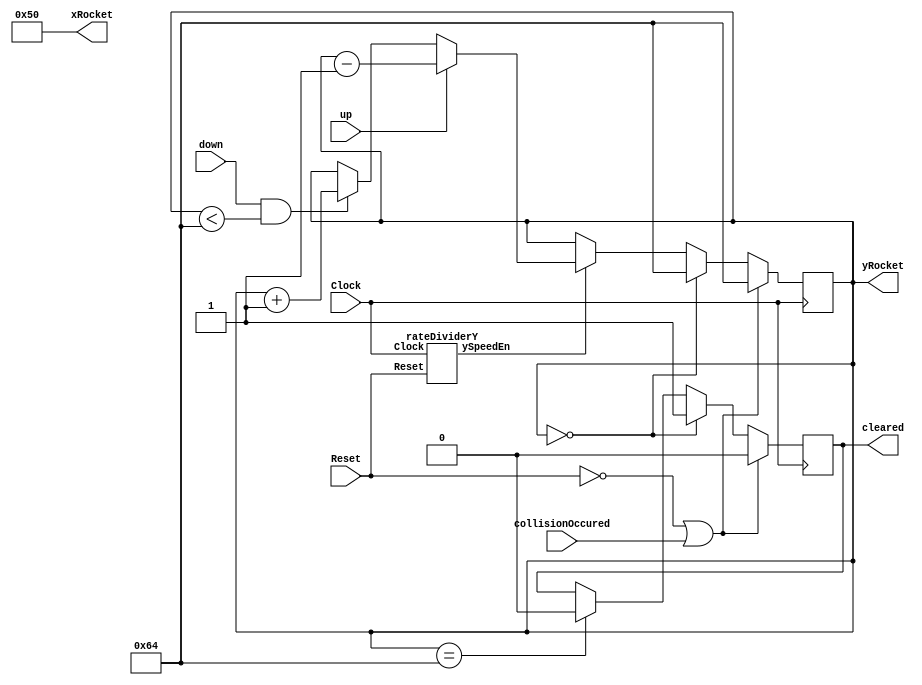
`timescale 1ns/1ns

module rocketPosition(
input collisionOccured,
input Reset, Clock,
input up, down,
output reg cleared,
output [6:0] yRocket,
output [7:0] xRocket
);

wire ySpeedEn;

parameter Y_SCREEN_PIXELS = 7'd120;
parameter startingYPosition = 7'd100;

reg [6:0]ycounter;

rateDividerY rateDivY(Reset, Clock, ySpeedEn);

assign xRocket = 8'd80;

always @ (posedge Clock) begin
if (!Reset || collisionOccured) begin
	ycounter <= startingYPosition;
	cleared <= 0;
end 
else begin
	if (ycounter == startingYPosition)
		cleared <= 0;
	if (ycounter == 0) begin
		cleared <= 1;
		ycounter<= startingYPosition;
	end
	else begin
	if (ySpeedEn == 1) begin
		if (up)
			ycounter <= ycounter - 1;
		else if (down && (ycounter < startingYPosition))
			ycounter <= ycounter + 1;
	end
	end
	end
end

assign yRocket = ycounter;

endmodule


module rateDividerY #(parameter CLOCK_FREQUENCY = 50000000) (
input Reset,
input Clock,
output ySpeedEn
);

reg [27:0] counter = 28'b0;

always @(posedge Clock) begin
	if (!Reset) begin
		counter <= 28'b0;
	end
	else if (counter == 0) begin
		counter <=CLOCK_FREQUENCY/17 - 1;
//		counter <= 28'b1000;
	end
	else
		counter <= counter - 1;
	end

assign ySpeedEn = (counter == 0) ? 1 : 0;

endmodule